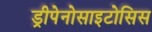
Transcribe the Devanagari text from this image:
ड्रीपेनोसाइटोसिस